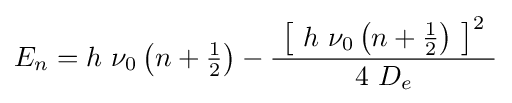
E_{n}=h\ \nu _{0}\left(n+{\tfrac {1}{2}}\right)-{\frac {\ \left[\ h\ \nu _{0}\left(n+{\tfrac {1}{2}}\right)\ \right]^{2}\ }{4\ D_{e}}}